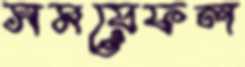
সময়েফল